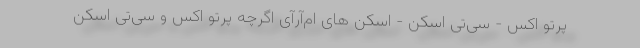
پرتو اکس - سی‌تی اسکن - اسکن های ام‌آر‌آی اگرچه پرتو اکس و سی‌تی اسکن